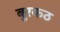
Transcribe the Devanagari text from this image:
बुरकठ